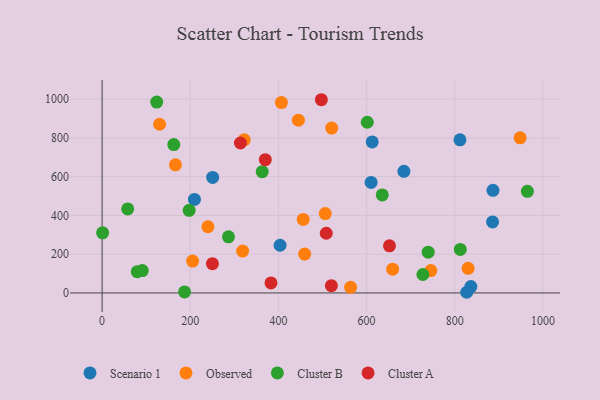
{"axis": {"x": "Distance", "y": "Rating"}, "legend": ["Cluster A", "Cluster B", "Observed", "Scenario 1"], "data": [{"x": "836.5", "y": 32.8, "type": "Scenario 1"}, {"x": "403.7", "y": 246.2, "type": "Scenario 1"}, {"x": "612.7", "y": 779.5, "type": "Scenario 1"}, {"x": "610.2", "y": 570.5, "type": "Scenario 1"}, {"x": "684.6", "y": 627.7, "type": "Scenario 1"}, {"x": "811.8", "y": 790.4, "type": "Scenario 1"}, {"x": "827.1", "y": 3.5, "type": "Scenario 1"}, {"x": "885.7", "y": 366.4, "type": "Scenario 1"}, {"x": "209.5", "y": 482.6, "type": "Scenario 1"}, {"x": "250.8", "y": 596.1, "type": "Scenario 1"}, {"x": "886.7", "y": 529.4, "type": "Scenario 1"}, {"x": "948.3", "y": 800.7, "type": "Observed"}, {"x": "166.4", "y": 661.1, "type": "Observed"}, {"x": "659.0", "y": 122.7, "type": "Observed"}, {"x": "563.7", "y": 29.1, "type": "Observed"}, {"x": "445.3", "y": 891.5, "type": "Observed"}, {"x": "459.5", "y": 200.6, "type": "Observed"}, {"x": "456.2", "y": 379.2, "type": "Observed"}, {"x": "745.6", "y": 115.5, "type": "Observed"}, {"x": "205.3", "y": 164.4, "type": "Observed"}, {"x": "406.8", "y": 982.5, "type": "Observed"}, {"x": "322.5", "y": 790.3, "type": "Observed"}, {"x": "130.4", "y": 870.5, "type": "Observed"}, {"x": "506.2", "y": 409.4, "type": "Observed"}, {"x": "318.7", "y": 216.3, "type": "Observed"}, {"x": "520.9", "y": 850.8, "type": "Observed"}, {"x": "240.0", "y": 341.7, "type": "Observed"}, {"x": "830.3", "y": 127.3, "type": "Observed"}, {"x": "727.7", "y": 95.2, "type": "Cluster B"}, {"x": "187.1", "y": 5.5, "type": "Cluster B"}, {"x": "79.8", "y": 109.8, "type": "Cluster B"}, {"x": "123.9", "y": 985.0, "type": "Cluster B"}, {"x": "739.7", "y": 210.3, "type": "Cluster B"}, {"x": "197.5", "y": 426.6, "type": "Cluster B"}, {"x": "812.5", "y": 224.6, "type": "Cluster B"}, {"x": "1.2", "y": 310.2, "type": "Cluster B"}, {"x": "286.7", "y": 289.7, "type": "Cluster B"}, {"x": "58.1", "y": 433.4, "type": "Cluster B"}, {"x": "635.5", "y": 505.6, "type": "Cluster B"}, {"x": "601.5", "y": 880.9, "type": "Cluster B"}, {"x": "363.2", "y": 625.8, "type": "Cluster B"}, {"x": "162.6", "y": 765.5, "type": "Cluster B"}, {"x": "91.2", "y": 115.6, "type": "Cluster B"}, {"x": "964.7", "y": 524.5, "type": "Cluster B"}, {"x": "508.5", "y": 308.2, "type": "Cluster A"}, {"x": "520.1", "y": 37.5, "type": "Cluster A"}, {"x": "250.3", "y": 150.9, "type": "Cluster A"}, {"x": "497.4", "y": 997.1, "type": "Cluster A"}, {"x": "370.2", "y": 688.0, "type": "Cluster A"}, {"x": "313.8", "y": 773.9, "type": "Cluster A"}, {"x": "651.9", "y": 243.4, "type": "Cluster A"}, {"x": "383.1", "y": 51.9, "type": "Cluster A"}]}